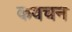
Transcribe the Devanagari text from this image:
कवचन